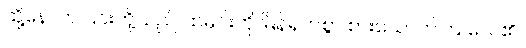
ထို့နောက် ၎င်းတို့သည် ထမင်းကို မြိန်ရှက်စွာ စားသောက်ကြ လေ၏။